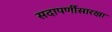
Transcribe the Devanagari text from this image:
सदापर्णीसारखा